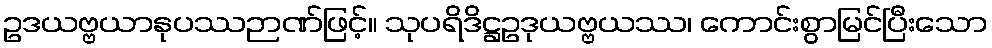
ဥဒယဗ္ဗယာနုပဿဉာဏ်ဖြင့်။ သုပရိဒိဋ္ဌဥဒုယဗ္ဗယဿ၊ ကောင်းစွာမြင်ပြီးသော